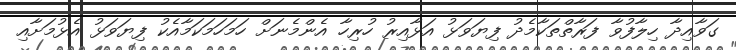
ގަވާއިދާ ހިލާފުވާ ފަރާތްތަކާމެދު ފިޔަވަޅު އަޅާއިރު ހުރިހާ އެންމެނަށް ހަމަހަމަކަމާއެކު ފިޔަވަޅު އެޅުމަށާއި